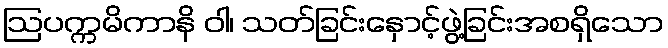
ဩပက္ကမိကာနိ ဝါ၊ သတ်ခြင်းနှောင့်ဖွဲ့ခြင်းအစရှိသော